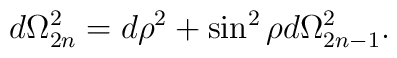
d\Omega_{2 n}^2 = d\rho^2 + \sin^2 \rho d\Omega_{2 n-1}^2.